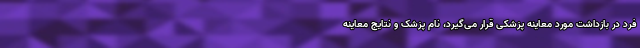
فرد در بازداشت مورد معاینه پزشکی قرار می‌گیرد، نام پزشک و نتایج معاینه